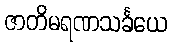
ဇာတိမရဏသင်္ခယေ